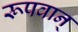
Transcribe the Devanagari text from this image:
रूपवान्